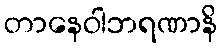
တာနေဝါဘရဏာနိ